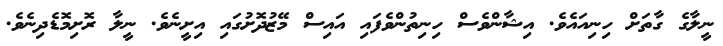
ނީލާގެ ގާތަށް ހިނިއައެވެ. އިޝާންވެސް ހިނިތުންވެފައި އައިސް މޭޒުދޮށުގައި އިށީނެވެ. ނީލާ ރޮށިމޮޑެދިނެވެ.